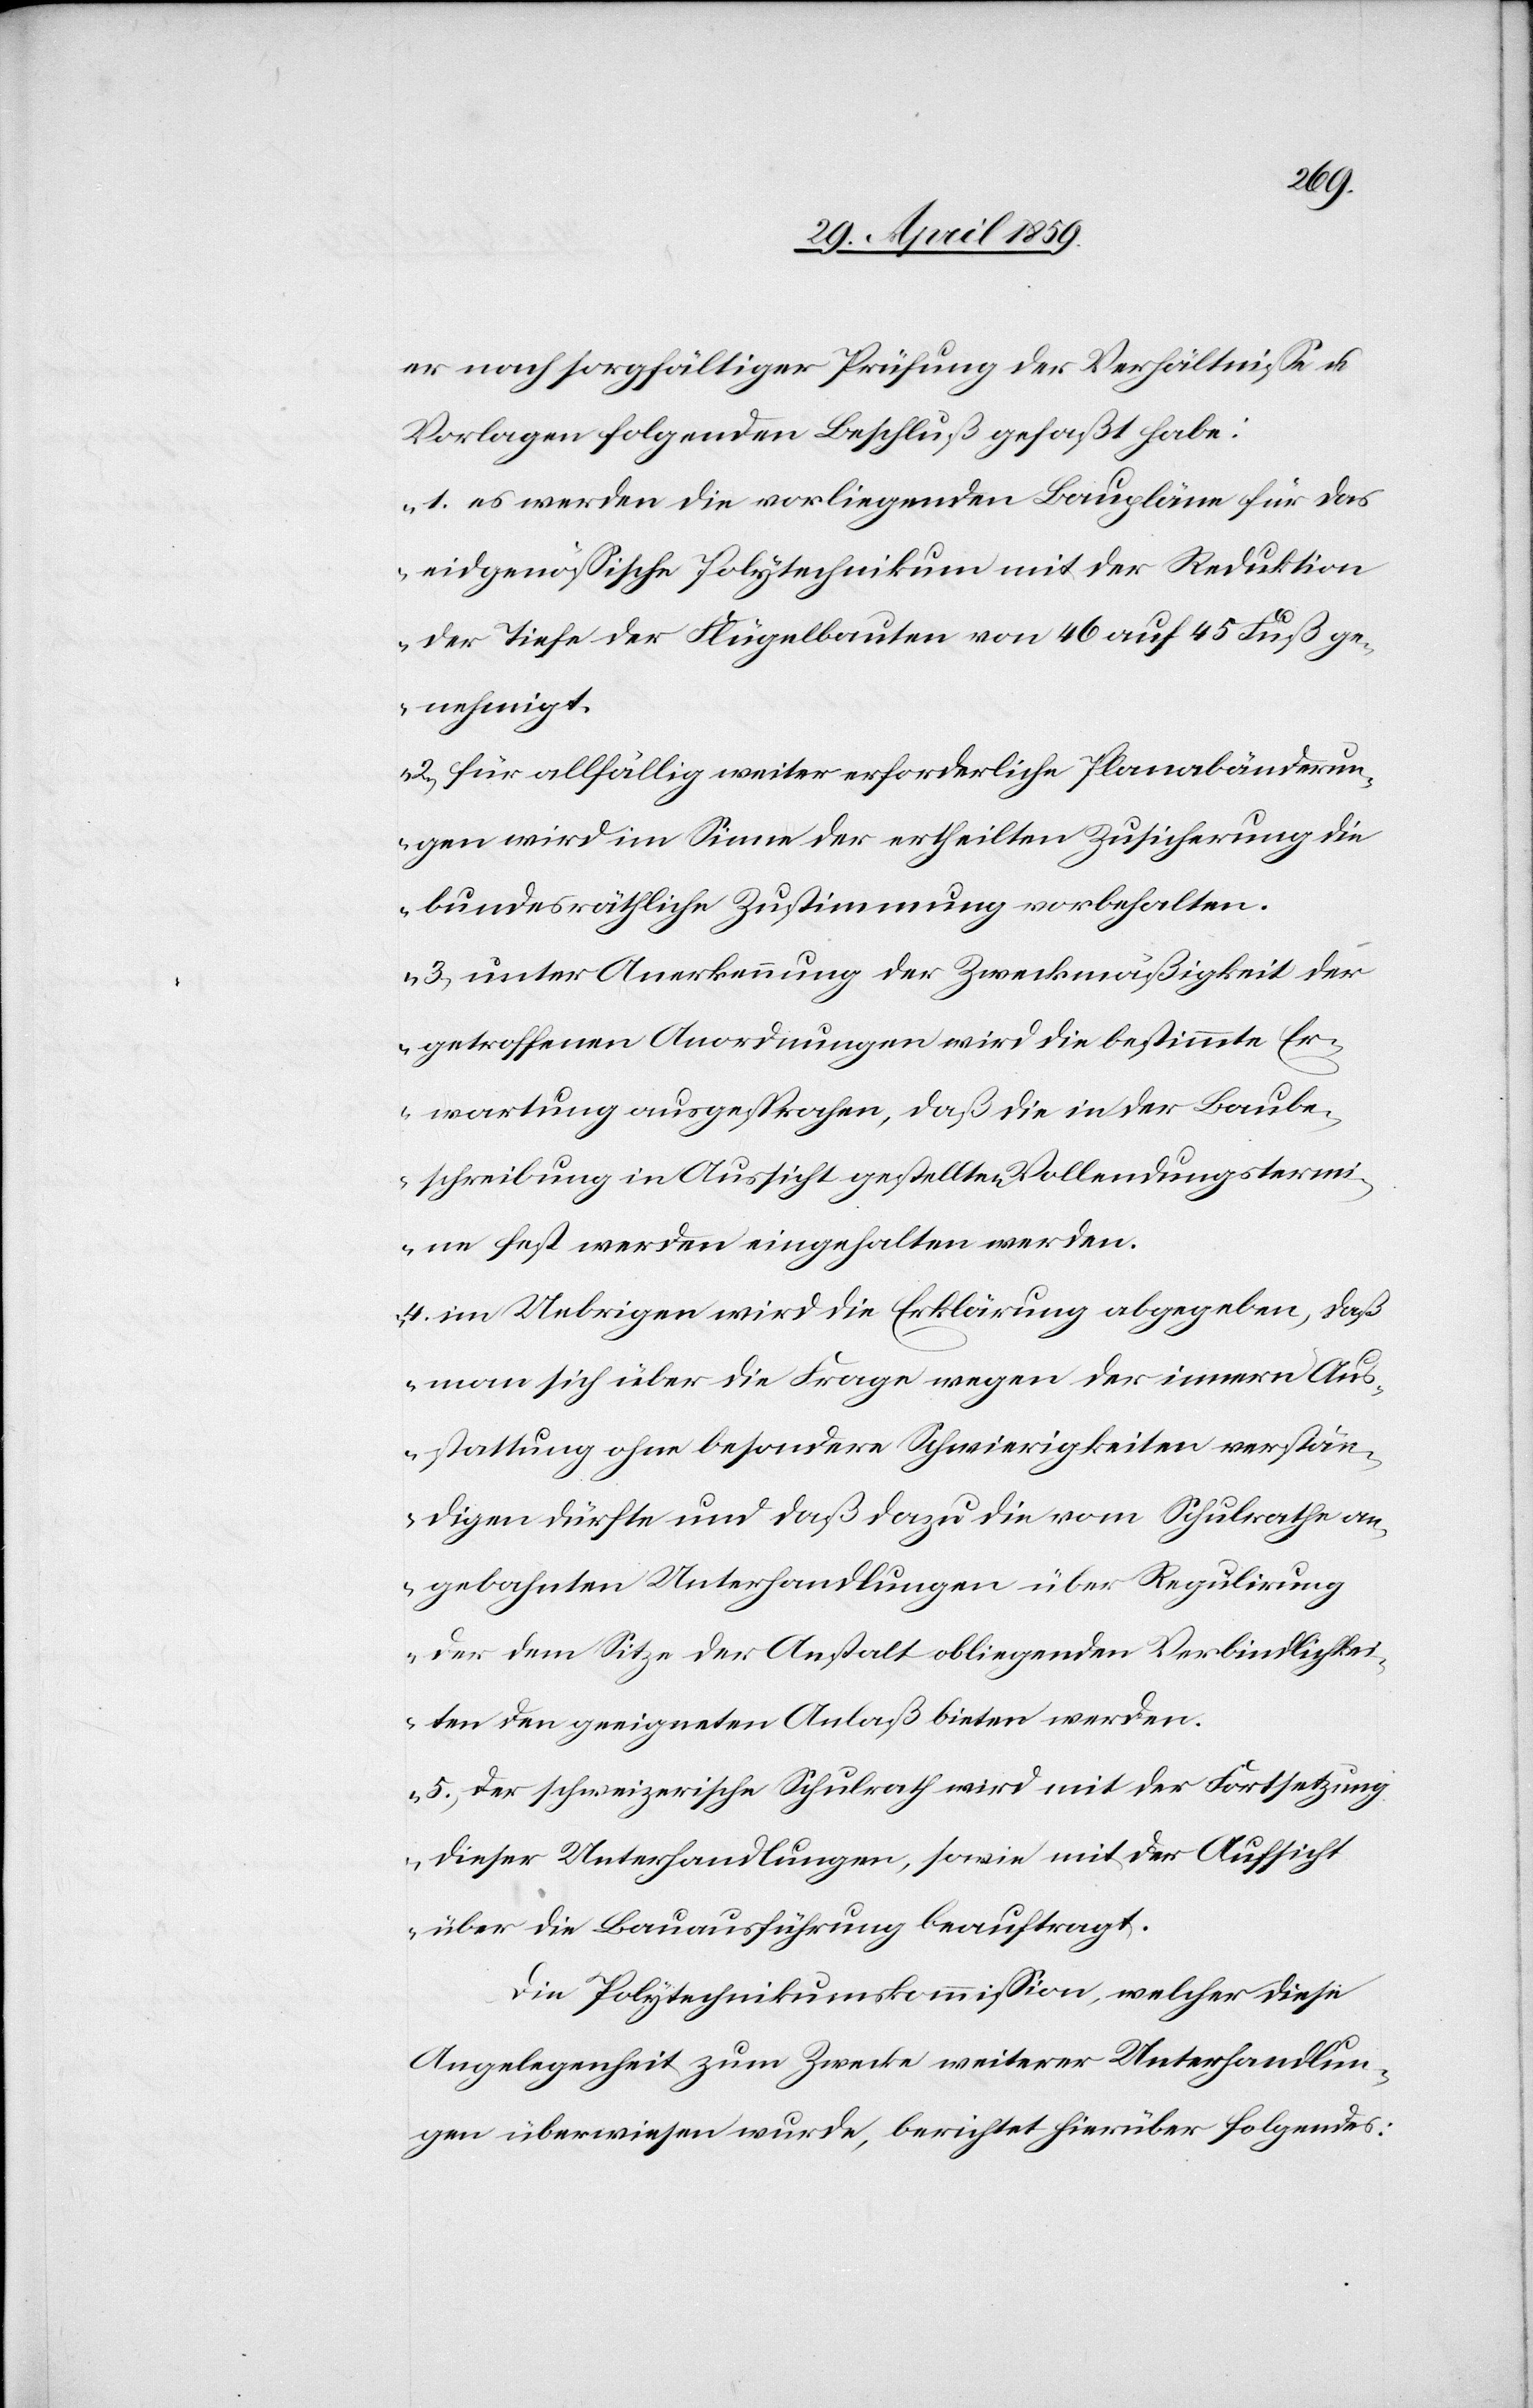
er nach sorgfältiger Prüfung der Verhältniße u.
Vorlagen folgenden Beschluß gefaßt habe:
„1) es werden die vorliegenden Baupläne für das
eidgenößische Polytechnikum mit der Reduktion
der Tiefe der Flügelbauten von 46 auf 45 Fuß ge¬
nehmigt.
2) für allfällig weiter erforderliche Planabänderun¬
gen wird im Sinne der ertheilten Zusicherung die
bundesräthliche Zustimmung vorbehalten.
3) unter Anerkennung der Zweckmäßigkeit der
getroffenen Anordnungen wird die bestimmte Er¬
wartung ausgesprochen, daß die in der Baube¬
schreibung in Aussicht gestellten Vollendungstermi¬
ne fest werden eingehalten werden.
4) im Uebrigen wird die Erklärung abgegeben, daß
man sich über die Frage wegen der innern Aus¬
stattung ohne besondere Schwierigkeiten verstän¬
digen dürfte und daß dazu die vom Schulrathe an¬
gebahnten Unterhandlungen über Regulirung
der dem Sitze der Anstalt obliegenden Verbindlichkei¬
ten den geeigneten Anlaß bieten werden.
5) Der schweizerische Schulrath wird mit der Fortsetzung
dieser Unterhandlungen, sowie mit der Aufsicht
über die Bauausführung beauftragt.
Die Polytechnikumskommißion, welcher diese
Angelegenheit zum Zwecke weiterer Unterhandlun¬
gen überwiesen wurde, berichtet hierüber Folgendes: